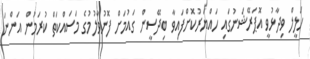
ހަލީލް ވިދާޅުވީ އޮޕަރޭޝަނުގައި ހައްޔަރުކޮށްފައިވާ ބިދޭސީން ގައުމަށް ފޮނުވާލުމުގެ މަސައްކަތް ކުރަމުން އަންނަ